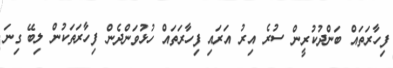
ފިހާރަތައް ބަންދުކުރީން ސުރެ އިރު އަރައި ފިހާރަތައް ހުޅުވަންދެން ފިހާރަތަކުން ލިބޭ ގިނަ